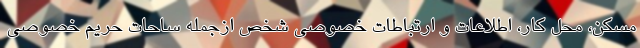
مسکن، محل کار، اطلاعات و ارتباطات خصوصی شخص ازجمله ساحات حریم خصوصی